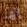
إنها